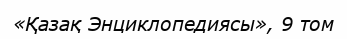
«Қазақ Энциклопедиясы», 9 том